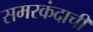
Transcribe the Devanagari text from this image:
समरकंदाची